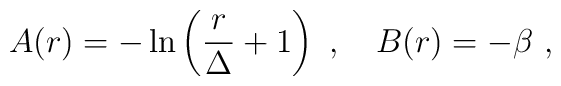
A(r)=-\ln\left({r\over \Delta}+1\right)~,~~~ B(r)=-\beta~,